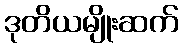
ဒုတိယမျိုးဆက်